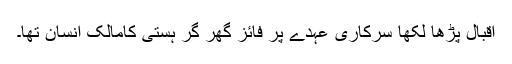
اقبال پڑھا لکھا سرکاری عہدے پر فائز گھر گر ہستی کامالک انسان تھا۔